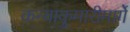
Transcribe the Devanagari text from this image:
कन्याकुमारीमार्गे